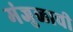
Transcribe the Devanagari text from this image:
मंजुळाची